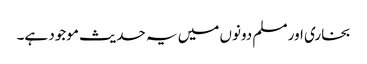
بخاری اور مسلم دونوں میں یہ حدیث موجود ہے۔